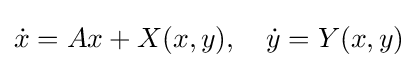
{\dot {x}}=Ax+X(x,y),\quad {\dot {y}}=Y(x,y)